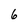
Character: 6